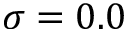
\sigma = 0 . 0